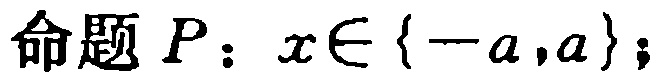
命题 \(P\)：\(x\in\{-a,a\}\)；